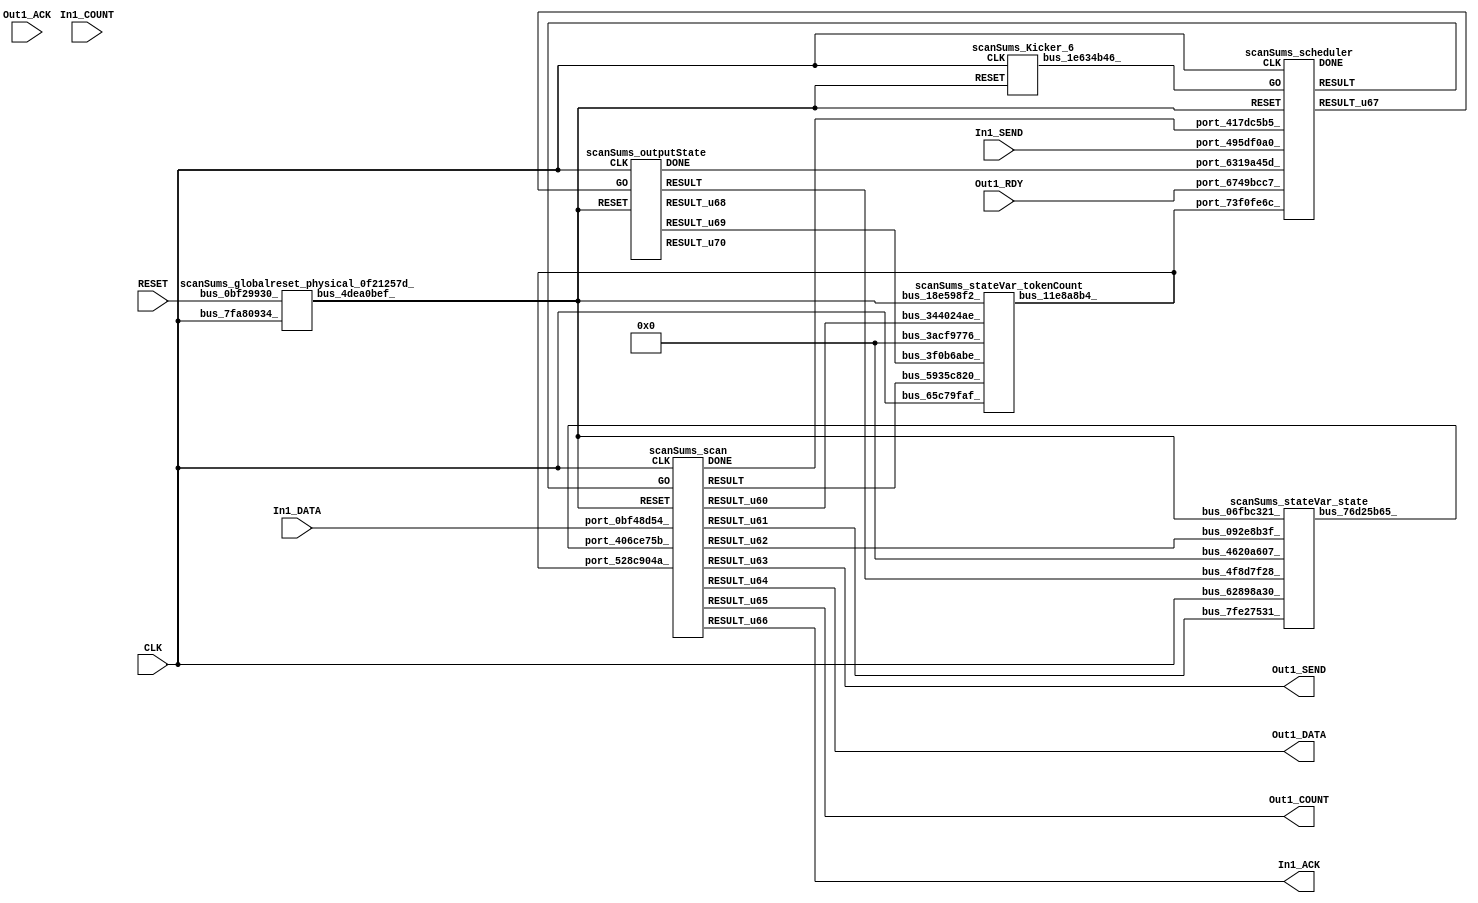
// __  ___ __ ___  _ __   ___  ___ 
// \ \/ / '__/ _ \| '_ \ / _ \/ __|
//  >  <| | | (_) | | | | (_) \__ \
// /_/\_\_|  \___/|_| |_|\___/|___/
// 
// Xronos synthesizer version
// Run date: Sat 15 Jul 2017 12:59:07 +0100
// 

module scanSums(In1_DATA, RESET, Out1_SEND, Out1_ACK, In1_SEND, Out1_RDY, CLK, In1_COUNT, Out1_DATA, Out1_COUNT, In1_ACK);
input	[15:0]	In1_DATA;
input		RESET;
output		Out1_SEND;
input		Out1_ACK;
input		In1_SEND;
input		Out1_RDY;
input		CLK;
wire		outputState_go;
wire		scan_done;
input	[15:0]	In1_COUNT;
wire		scan_go;
wire		outputState_done;
output	[31:0]	Out1_DATA;
output	[15:0]	Out1_COUNT;
output		In1_ACK;
wire	[15:0]	scan_u5;
wire		scanSums_scan_instance_DONE;
wire	[31:0]	scan_u0;
wire	[31:0]	scan_u2;
wire		scan_u1;
wire		scan_u6;
wire		scan_u3;
wire	[31:0]	scan_u4;
wire		scan;
wire		bus_4dea0bef_;
wire		scheduler;
wire		scanSums_scheduler_instance_DONE;
wire		scheduler_u8;
wire		bus_1af754b7_;
wire	[31:0]	bus_11e8a8b4_;
wire		bus_1e634b46_;
wire		bus_11d3d8b8_;
wire	[31:0]	outputState_u9;
wire		scanSums_outputState_instance_DONE;
wire	[31:0]	outputState_u7;
wire		outputState_u8;
wire		outputState;
wire	[31:0]	bus_76d25b65_;
assign Out1_SEND=scan_u3;
assign outputState_go=scheduler_u8;
assign scan_done=bus_1af754b7_;
assign scan_go=scheduler;
assign outputState_done=bus_11d3d8b8_;
assign Out1_DATA=scan_u4;
assign Out1_COUNT=scan_u5;
assign In1_ACK=scan_u6;
scanSums_scan scanSums_scan_instance(.CLK(CLK), .RESET(bus_4dea0bef_), .GO(scan_go), 
  .port_528c904a_(bus_11e8a8b4_), .port_406ce75b_(bus_76d25b65_), .port_0bf48d54_(In1_DATA), 
  .DONE(scanSums_scan_instance_DONE), .RESULT(scan), .RESULT_u60(scan_u0), .RESULT_u61(scan_u1), 
  .RESULT_u62(scan_u2), .RESULT_u63(scan_u3), .RESULT_u64(scan_u4), .RESULT_u65(scan_u5), 
  .RESULT_u66(scan_u6));
scanSums_globalreset_physical_0f21257d_ scanSums_globalreset_physical_0f21257d__1(.bus_7fa80934_(CLK), 
  .bus_0bf29930_(RESET), .bus_4dea0bef_(bus_4dea0bef_));
scanSums_scheduler scanSums_scheduler_instance(.CLK(CLK), .RESET(bus_4dea0bef_), 
  .GO(bus_1e634b46_), .port_73f0fe6c_(bus_11e8a8b4_), .port_417dc5b5_(scan_done), 
  .port_495df0a0_(In1_SEND), .port_6749bcc7_(Out1_RDY), .port_6319a45d_(outputState_done), 
  .DONE(scanSums_scheduler_instance_DONE), .RESULT(scheduler), .RESULT_u67(scheduler_u8));
assign bus_1af754b7_=scanSums_scan_instance_DONE&{1{scanSums_scan_instance_DONE}};
scanSums_stateVar_tokenCount scanSums_stateVar_tokenCount_1(.bus_65c79faf_(CLK), 
  .bus_18e598f2_(bus_4dea0bef_), .bus_5935c820_(scan), .bus_344024ae_(scan_u0), 
  .bus_3f0b6abe_(outputState_u8), .bus_3acf9776_(32'h0), .bus_11e8a8b4_(bus_11e8a8b4_));
scanSums_Kicker_6 scanSums_Kicker_6_1(.CLK(CLK), .RESET(bus_4dea0bef_), .bus_1e634b46_(bus_1e634b46_));
assign bus_11d3d8b8_=scanSums_outputState_instance_DONE&{1{scanSums_outputState_instance_DONE}};
scanSums_outputState scanSums_outputState_instance(.CLK(CLK), .RESET(bus_4dea0bef_), 
  .GO(outputState_go), .DONE(scanSums_outputState_instance_DONE), .RESULT(outputState), 
  .RESULT_u68(outputState_u7), .RESULT_u69(outputState_u8), .RESULT_u70(outputState_u9));
scanSums_stateVar_state scanSums_stateVar_state_1(.bus_62898a30_(CLK), .bus_06fbc321_(bus_4dea0bef_), 
  .bus_7fe27531_(scan_u1), .bus_092e8b3f_(scan_u2), .bus_4f8d7f28_(outputState), 
  .bus_4620a607_(32'h0), .bus_76d25b65_(bus_76d25b65_));
endmodule



module scanSums_scan(CLK, RESET, GO, port_528c904a_, port_406ce75b_, port_0bf48d54_, DONE, RESULT, RESULT_u60, RESULT_u61, RESULT_u62, RESULT_u63, RESULT_u64, RESULT_u65, RESULT_u66);
input		CLK;
input		RESET;
input		GO;
input	[31:0]	port_528c904a_;
input	[31:0]	port_406ce75b_;
input	[15:0]	port_0bf48d54_;
output		DONE;
output		RESULT;
output	[31:0]	RESULT_u60;
output		RESULT_u61;
output	[31:0]	RESULT_u62;
output		RESULT_u63;
output	[31:0]	RESULT_u64;
output	[15:0]	RESULT_u65;
output		RESULT_u66;
wire		simplePinWrite;
wire	[31:0]	add;
wire	[31:0]	add_u8;
wire	[31:0]	simplePinWrite_u25;
wire		simplePinWrite_u26;
wire	[15:0]	simplePinWrite_u27;
reg		reg_65bcbda3_u0=1'h0;
assign simplePinWrite=GO&{1{GO}};
assign add=port_406ce75b_+{16'b0, port_0bf48d54_};
assign add_u8=port_528c904a_+32'h1;
assign simplePinWrite_u25=add;
assign simplePinWrite_u26=GO&{1{GO}};
assign simplePinWrite_u27=16'h1&{16{1'h1}};
always @(posedge CLK or posedge RESET)
begin
if (RESET)
reg_65bcbda3_u0<=1'h0;
else reg_65bcbda3_u0<=GO;
end
assign DONE=reg_65bcbda3_u0;
assign RESULT=GO;
assign RESULT_u60=add_u8;
assign RESULT_u61=GO;
assign RESULT_u62=add;
assign RESULT_u63=simplePinWrite_u26;
assign RESULT_u64=simplePinWrite_u25;
assign RESULT_u65=simplePinWrite_u27;
assign RESULT_u66=simplePinWrite;
endmodule



module scanSums_globalreset_physical_0f21257d_(bus_7fa80934_, bus_0bf29930_, bus_4dea0bef_);
input		bus_7fa80934_;
input		bus_0bf29930_;
output		bus_4dea0bef_;
reg		sample_u6=1'h0;
reg		final_u6=1'h1;
wire		and_22039abb_u0;
wire		or_71867d5c_u0;
reg		glitch_u6=1'h0;
reg		cross_u6=1'h0;
wire		not_57a6debb_u0;
always @(posedge bus_7fa80934_)
begin
sample_u6<=1'h1;
end
always @(posedge bus_7fa80934_)
begin
final_u6<=not_57a6debb_u0;
end
assign and_22039abb_u0=cross_u6&glitch_u6;
assign or_71867d5c_u0=bus_0bf29930_|final_u6;
always @(posedge bus_7fa80934_)
begin
glitch_u6<=cross_u6;
end
always @(posedge bus_7fa80934_)
begin
cross_u6<=sample_u6;
end
assign not_57a6debb_u0=~and_22039abb_u0;
assign bus_4dea0bef_=or_71867d5c_u0;
endmodule



module scanSums_scheduler(CLK, RESET, GO, port_73f0fe6c_, port_417dc5b5_, port_495df0a0_, port_6749bcc7_, port_6319a45d_, DONE, RESULT, RESULT_u67);
input		CLK;
input		RESET;
input		GO;
input	[31:0]	port_73f0fe6c_;
input		port_417dc5b5_;
input		port_495df0a0_;
input		port_6749bcc7_;
input		port_6319a45d_;
output		DONE;
output		RESULT;
output		RESULT_u67;
wire		and_u99_u0;
reg		and_delayed_u3=1'h0;
wire	[31:0]	lessThan_b_unsigned;
wire	[31:0]	lessThan_a_unsigned;
wire		lessThan;
wire		and_u100_u0;
wire	[31:0]	equals_b_unsigned;
wire		equals;
wire	[31:0]	equals_a_unsigned;
wire		and_u101_u0;
wire		not_u23_u0;
wire		and_u102_u0;
wire		and_u103_u0;
wire		and_u104_u0;
wire		not_u24_u0;
wire		simplePinWrite;
wire		and_u105_u0;
wire		not_u25_u0;
wire		and_u106_u0;
wire		and_u107_u0;
wire		simplePinWrite_u28;
wire		and_u108_u0;
wire		and_u109_u0;
wire		and_u110_u0;
wire		and_u111_u0;
wire		or_u17_u0;
assign and_u99_u0=or_u17_u0&or_u17_u0;
always @(posedge CLK or posedge RESET)
begin
if (RESET)
and_delayed_u3<=1'h0;
else and_delayed_u3<=and_u99_u0;
end
assign lessThan_a_unsigned=port_73f0fe6c_;
assign lessThan_b_unsigned=32'h100;
assign lessThan=lessThan_a_unsigned<lessThan_b_unsigned;
assign and_u100_u0=lessThan&port_495df0a0_;
assign equals_a_unsigned=port_73f0fe6c_;
assign equals_b_unsigned=32'h100;
assign equals=equals_a_unsigned==equals_b_unsigned;
assign and_u101_u0=and_u99_u0&and_u100_u0;
assign not_u23_u0=~and_u100_u0;
assign and_u102_u0=and_u99_u0&not_u23_u0;
assign and_u103_u0=and_u111_u0&not_u24_u0;
assign and_u104_u0=and_u111_u0&port_6749bcc7_;
assign not_u24_u0=~port_6749bcc7_;
assign simplePinWrite=and_u105_u0&{1{and_u105_u0}};
assign and_u105_u0=and_u104_u0&and_u111_u0;
assign not_u25_u0=~equals;
assign and_u106_u0=and_u110_u0&not_u25_u0;
assign and_u107_u0=and_u110_u0&equals;
assign simplePinWrite_u28=and_u108_u0&{1{and_u108_u0}};
assign and_u108_u0=and_u109_u0&and_u109_u0;
assign and_u109_u0=and_u107_u0&and_u110_u0;
assign and_u110_u0=and_u102_u0&and_u99_u0;
assign and_u111_u0=and_u101_u0&and_u99_u0;
assign or_u17_u0=GO|and_delayed_u3;
assign DONE=1'h0;
assign RESULT=simplePinWrite;
assign RESULT_u67=simplePinWrite_u28;
endmodule



module scanSums_endianswapper_3799ddda_(endianswapper_3799ddda_in, endianswapper_3799ddda_out);
input	[31:0]	endianswapper_3799ddda_in;
output	[31:0]	endianswapper_3799ddda_out;
assign endianswapper_3799ddda_out=endianswapper_3799ddda_in;
endmodule



module scanSums_endianswapper_1854a2ee_(endianswapper_1854a2ee_in, endianswapper_1854a2ee_out);
input	[31:0]	endianswapper_1854a2ee_in;
output	[31:0]	endianswapper_1854a2ee_out;
assign endianswapper_1854a2ee_out=endianswapper_1854a2ee_in;
endmodule



module scanSums_stateVar_tokenCount(bus_65c79faf_, bus_18e598f2_, bus_5935c820_, bus_344024ae_, bus_3f0b6abe_, bus_3acf9776_, bus_11e8a8b4_);
input		bus_65c79faf_;
input		bus_18e598f2_;
input		bus_5935c820_;
input	[31:0]	bus_344024ae_;
input		bus_3f0b6abe_;
input	[31:0]	bus_3acf9776_;
output	[31:0]	bus_11e8a8b4_;
wire	[31:0]	endianswapper_3799ddda_out;
wire	[31:0]	mux_10e296a6_u0;
reg	[31:0]	stateVar_tokenCount_u1=32'h0;
wire	[31:0]	endianswapper_1854a2ee_out;
wire		or_033234f9_u0;
scanSums_endianswapper_3799ddda_ scanSums_endianswapper_3799ddda__1(.endianswapper_3799ddda_in(stateVar_tokenCount_u1), 
  .endianswapper_3799ddda_out(endianswapper_3799ddda_out));
assign mux_10e296a6_u0=(bus_5935c820_)?bus_344024ae_:32'h0;
always @(posedge bus_65c79faf_ or posedge bus_18e598f2_)
begin
if (bus_18e598f2_)
stateVar_tokenCount_u1<=32'h0;
else if (or_033234f9_u0)
stateVar_tokenCount_u1<=endianswapper_1854a2ee_out;
end
assign bus_11e8a8b4_=endianswapper_3799ddda_out;
scanSums_endianswapper_1854a2ee_ scanSums_endianswapper_1854a2ee__1(.endianswapper_1854a2ee_in(mux_10e296a6_u0), 
  .endianswapper_1854a2ee_out(endianswapper_1854a2ee_out));
assign or_033234f9_u0=bus_5935c820_|bus_3f0b6abe_;
endmodule



module scanSums_Kicker_6(CLK, RESET, bus_1e634b46_);
input		CLK;
input		RESET;
output		bus_1e634b46_;
wire		bus_0fe0e9ad_;
reg		kicker_1=1'h0;
wire		bus_6f118ca4_;
wire		bus_1d6cc79f_;
wire		bus_7bca1fc8_;
reg		kicker_res=1'h0;
reg		kicker_2=1'h0;
assign bus_0fe0e9ad_=kicker_1&bus_1d6cc79f_&bus_7bca1fc8_;
always @(posedge CLK)
begin
kicker_1<=bus_1d6cc79f_;
end
assign bus_6f118ca4_=bus_1d6cc79f_&kicker_1;
assign bus_1d6cc79f_=~RESET;
assign bus_1e634b46_=kicker_res;
assign bus_7bca1fc8_=~kicker_2;
always @(posedge CLK)
begin
kicker_res<=bus_0fe0e9ad_;
end
always @(posedge CLK)
begin
kicker_2<=bus_6f118ca4_;
end
endmodule



module scanSums_outputState(CLK, RESET, GO, DONE, RESULT, RESULT_u68, RESULT_u69, RESULT_u70);
input		CLK;
input		RESET;
input		GO;
output		DONE;
output		RESULT;
output	[31:0]	RESULT_u68;
output		RESULT_u69;
output	[31:0]	RESULT_u70;
reg		reg_547c8d8d_u0=1'h0;
always @(posedge CLK or posedge RESET)
begin
if (RESET)
reg_547c8d8d_u0<=1'h0;
else reg_547c8d8d_u0<=GO;
end
assign DONE=reg_547c8d8d_u0;
assign RESULT=GO;
assign RESULT_u68=32'h0;
assign RESULT_u69=GO;
assign RESULT_u70=32'h0;
endmodule



module scanSums_endianswapper_58596940_(endianswapper_58596940_in, endianswapper_58596940_out);
input	[31:0]	endianswapper_58596940_in;
output	[31:0]	endianswapper_58596940_out;
assign endianswapper_58596940_out=endianswapper_58596940_in;
endmodule



module scanSums_endianswapper_23ababb5_(endianswapper_23ababb5_in, endianswapper_23ababb5_out);
input	[31:0]	endianswapper_23ababb5_in;
output	[31:0]	endianswapper_23ababb5_out;
assign endianswapper_23ababb5_out=endianswapper_23ababb5_in;
endmodule



module scanSums_stateVar_state(bus_62898a30_, bus_06fbc321_, bus_7fe27531_, bus_092e8b3f_, bus_4f8d7f28_, bus_4620a607_, bus_76d25b65_);
input		bus_62898a30_;
input		bus_06fbc321_;
input		bus_7fe27531_;
input	[31:0]	bus_092e8b3f_;
input		bus_4f8d7f28_;
input	[31:0]	bus_4620a607_;
output	[31:0]	bus_76d25b65_;
wire		or_7fab5b03_u0;
wire	[31:0]	endianswapper_58596940_out;
wire	[31:0]	mux_4fd6058c_u0;
reg	[31:0]	stateVar_state_u0=32'h0;
wire	[31:0]	endianswapper_23ababb5_out;
assign bus_76d25b65_=endianswapper_23ababb5_out;
assign or_7fab5b03_u0=bus_7fe27531_|bus_4f8d7f28_;
scanSums_endianswapper_58596940_ scanSums_endianswapper_58596940__1(.endianswapper_58596940_in(mux_4fd6058c_u0), 
  .endianswapper_58596940_out(endianswapper_58596940_out));
assign mux_4fd6058c_u0=(bus_7fe27531_)?bus_092e8b3f_:32'h0;
always @(posedge bus_62898a30_ or posedge bus_06fbc321_)
begin
if (bus_06fbc321_)
stateVar_state_u0<=32'h0;
else if (or_7fab5b03_u0)
stateVar_state_u0<=endianswapper_58596940_out;
end
scanSums_endianswapper_23ababb5_ scanSums_endianswapper_23ababb5__1(.endianswapper_23ababb5_in(stateVar_state_u0), 
  .endianswapper_23ababb5_out(endianswapper_23ababb5_out));
endmodule